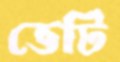
ভেটি